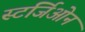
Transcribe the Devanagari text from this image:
स्टर्जिओन